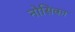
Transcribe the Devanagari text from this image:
नोसिका